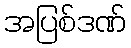
အပြစ်ဒဏ်